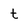
Character: t